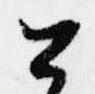
公